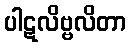
ပါဋလိဗ္ဗလိတာ